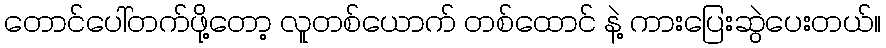
တောင်ပေါ်တက်ဖို့တော့ လူတစ်ယောက် တစ်ထောင် နဲ့ ကားပြေးဆွဲပေးတယ်။